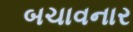
બચાવનાર